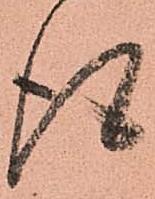
得